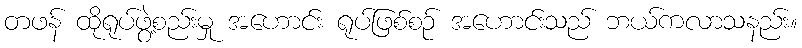
တဖန် ထိုရုပ်ဖွဲ့စည်းမှု အဟောင်း ရုပ်ဖြစ်စဉ် အဟောင်းသည် ဘယ်ကလာသနည်း။